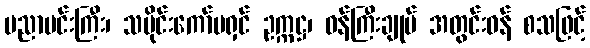
ပညာမင်းကြီး၊ သမိုင်းကော်မရှင် ဥက္ကဋ္ဌ၊ ဝန်ကြီးချုပ် အတွင်းဝန် စသဖြင့်